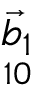
\underset { 1 0 } { \Vec { b } _ { 1 } }